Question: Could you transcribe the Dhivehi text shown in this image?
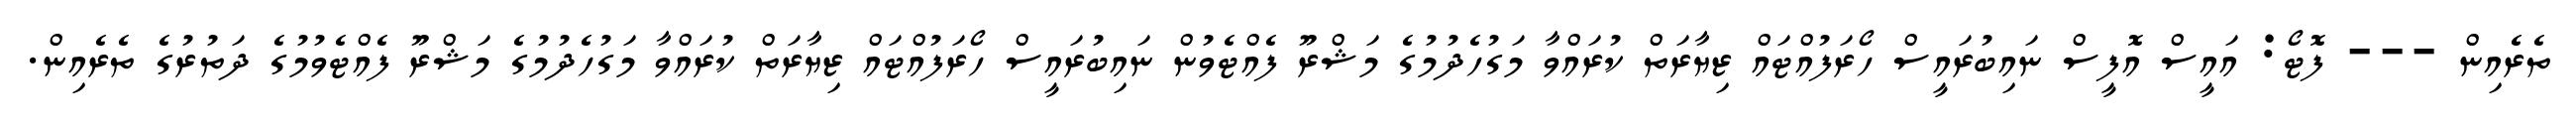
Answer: ތެރެއިން --- ފޮޓޯ: އައީސް އޮފީސް ނައިބުރައީސް ހޯރަފުއްޓައް ޒިޔާރަތް ކުރައްވާ މަގުހެދުމުގެ މަޝްރޫ ފެއްޓެވުން ނައިބުރައީސް ހޯރަފުއްޓައް ޒިޔާރަތް ކުރައްވާ މަގުހެދުމުގެ މަޝްރޫ ފެއްޓެވުމުގެ ދަތުރުގެ ތެރެއިން.